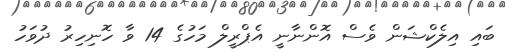
ބައި އިލެކްޝަން ވެސް އޮންނާނީ އެޕްރީލް މަހުގެ 14 ވާ ހޮނިހިރު ދުވަހު